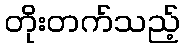
တိုးတက်သည့်